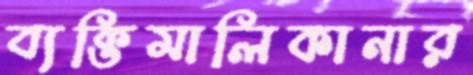
ব্যক্তিমালিকানার